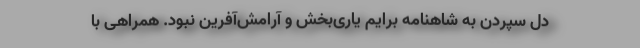
دل سپردن به شاهنامه برایم یاری‌بخش و آرامش‌آفرین نبود. همراهی با